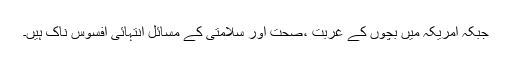
جبکہ امریکہ میں بچوں کے غربت ،صحت اور سلامتی کے مسائل انتہائی افسوس ناک ہیں۔